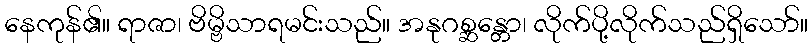
နေကုန်၏။ ရာဇာ၊ ဗိမ္ဗိသာရမင်းသည်။ အနုဂစ္ဆန္တော၊ လိုက်ပို့လိုက်သည်ရှိသော်။